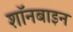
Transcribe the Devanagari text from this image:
शॉनबाइन